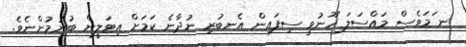
ނ ަމަވެސް މައްސަލަ ހޫނުވީ ސިފައިން އެނބުރި ނުދާނެ ކަމަށް އިޓަލީން ބުނުމުންނެވެ.